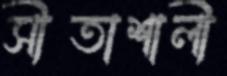
সীতাশালী